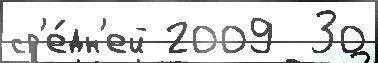
ср'е́дн'ей 2009  30